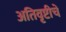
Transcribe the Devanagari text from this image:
अतिवृष्टीचे